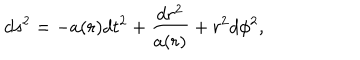
LaTeX: d s ^ { 2 } = - a ( r ) d t ^ { 2 } + \frac { d r ^ { 2 } } { a ( r ) } + r ^ { 2 } d \phi ^ { 2 } ,